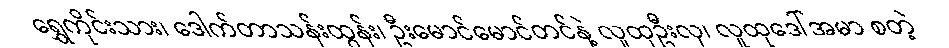
ရွှေကိုင်းသား၊ ဒေါက်တာသန်းထွန်း၊ ဦးမောင်မောင်တင်နဲ့ လူထုဦးလှ၊ လူထုဒေါ်အမာ စတဲ့